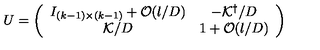
U = \left( \begin{array} { c c } { I _ { ( k - 1 ) \times ( k - 1 ) } + { \cal O } ( l / D ) } & { - { \cal K } ^ { \dagger } / D } \\ { { \cal K } / D } & { 1 + { \cal O } ( l / D ) } \\ \end{array} \right)